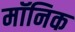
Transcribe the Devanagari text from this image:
मॉनिक